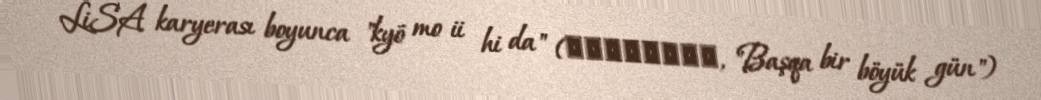
LiSA karyerası boyunca "kyō mo ii hi da" (今日もいい日だっ, "Başqa bir böyük gün")